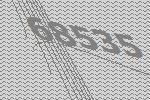
68535